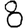
Digit: 8